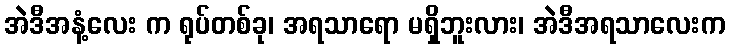
အဲဒီအနံ့လေး က ရုပ်တစ်ခု၊ အရသာရော မရှိဘူးလား၊ အဲဒီအရသာလေးက